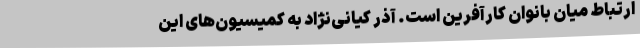
ارتباط میان بانوان کارآفرین است. آذر کیانی‌نژاد به کمیسیون‌های این